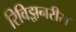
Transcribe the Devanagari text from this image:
रिविझ़नरीस